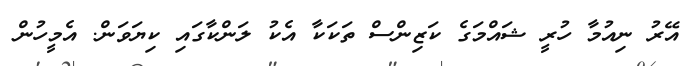
އޭރު ނިއުމާ ހުރީ ޝައްމަގެ ކަޒިންްސް ތަކަކާ އެކު ލަންކާގައި ކިޔަވަން. އެމީހުން